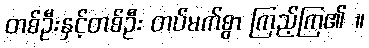
တစ်ဦးနှင့်တစ်ဦး တပ်မက်စွာ ကြည့်ကြ၏ ။